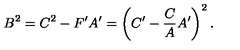
B ^ { 2 } = C ^ { 2 } - F ^ { \prime } A ^ { \prime } = \left( C ^ { \prime } - \frac { C } { A } A ^ { \prime } \right) ^ { 2 } .